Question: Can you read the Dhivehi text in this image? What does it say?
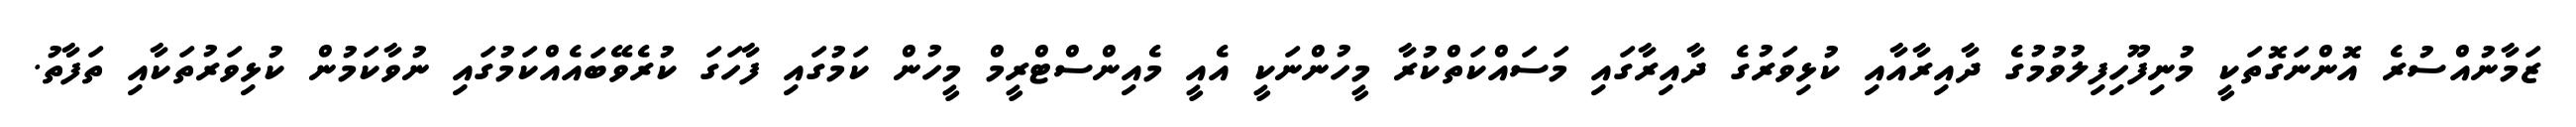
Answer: ޒަމާނުއްސުރެ އޮންނަގޮތަކީ މުނިފޫހިފިލުވުމުގެ ދާއިރާއާއި ކުޅިވަރުގެ ދާއިރާގައި މަސައްކަތްކުރާ މީހުންނަކީ އެއީ މެއިންސްޓްރީމް މީހުން ކަމުގައި ފާހަގަ ކުރެވޭބައެއްކަމުގައި ނުވާކަމުން ކުޅިވަރުތަކާއި ތަފާތު.